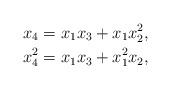
LaTeX: \begin{align*}x_4 = x_1 x_3 + x_1x_2^2,\\x_4^2 = x_1 x_3 + x_1^2x_2,\end{align*}